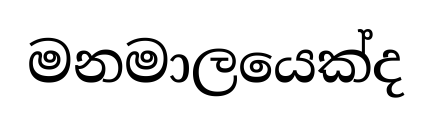
මනමාලයෙක්ද